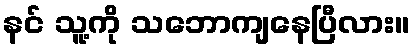
နင် သူ့ကို သဘောကျနေပြီလား။